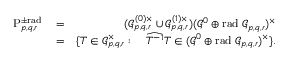
\begin{array} { r l r } { \mathrm { P } _ { p , q , r } ^ { \pm \mathrm { r a d } \; } } & { = } & { ( \mathcal { G } _ { p , q , r } ^ { ( 0 ) \times } \cup \mathcal { G } _ { p , q , r } ^ { ( 1 ) \times } ) ( \mathcal { G } ^ { 0 } \oplus \mathrm { r a d } \; \mathcal { G } _ { p , q , r } ) ^ { \times } } \\ & { = } & { \{ T \in \mathcal { G } _ { p , q , r } ^ { \times } : \quad \widehat { T ^ { - 1 } } T \in ( \mathcal { G } ^ { 0 } \oplus \mathrm { r a d } \; \mathcal { G } _ { p , q , r } ) ^ { \times } \} . } \end{array}